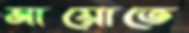
মায়োতে